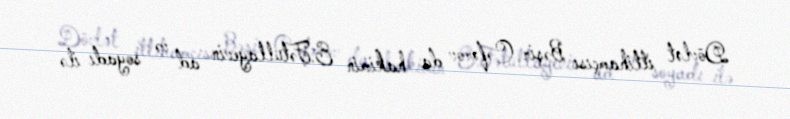
Dövlət ittihamçısı Bəşir Cəfərov da hakimin E.Fətullayevin ad və soyadı ilə